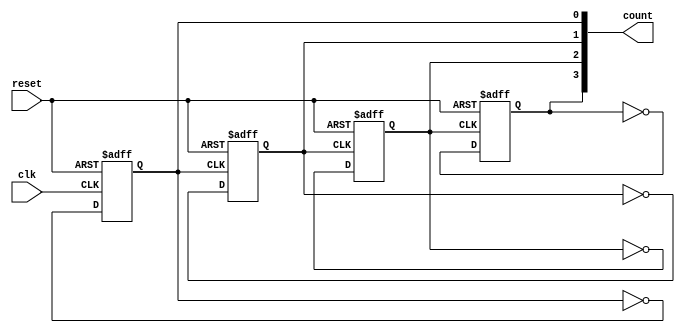
module async_ripple_counter (
    input wire clk,       // Clock input for the first flip-flop
    input wire reset,     // Asynchronous reset signal
    output reg [3:0] count // 4-bit output count
);

// Internal signal for the T flip-flops
wire t_ff1, t_ff2, t_ff3;

// T flip-flop 1 (LSB)
always @(posedge clk or posedge reset) begin
    if (reset) begin
        count[0] <= 1'b0; // Reset LSB to 0
    end else begin
        count[0] <= ~count[0]; // Toggle LSB
    end
end

// T flip-flop 2
always @(posedge count[0] or posedge reset) begin
    if (reset) begin
        count[1] <= 1'b0; // Reset second bit to 0
    end else begin
        count[1] <= ~count[1]; // Toggle second bit
    end
end

// T flip-flop 3
always @(posedge count[1] or posedge reset) begin
    if (reset) begin
        count[2] <= 1'b0; // Reset third bit to 0
    end else begin
        count[2] <= ~count[2]; // Toggle third bit
    end
end

// T flip-flop 4 (MSB)
always @(posedge count[2] or posedge reset) begin
    if (reset) begin
        count[3] <= 1'b0; // Reset MSB to 0
    end else begin
        count[3] <= ~count[3]; // Toggle MSB
    end
end

endmodule